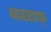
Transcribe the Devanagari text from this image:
बाहरएफ्